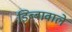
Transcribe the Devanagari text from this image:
डिब्बावाले